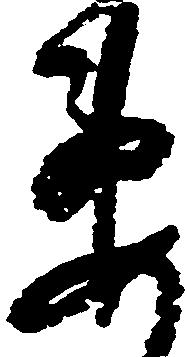
要